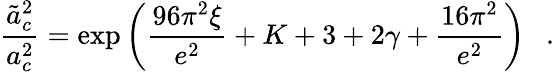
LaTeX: {\frac{\tilde{a}_{c}^{2}}{a_{c}^{2}}}=\exp\left({\frac{96\pi^{2}\xi}{e^{2}}}+K+3+2\gamma+{\frac{16\pi^{2}}{e^{2}}}\right)~~~.